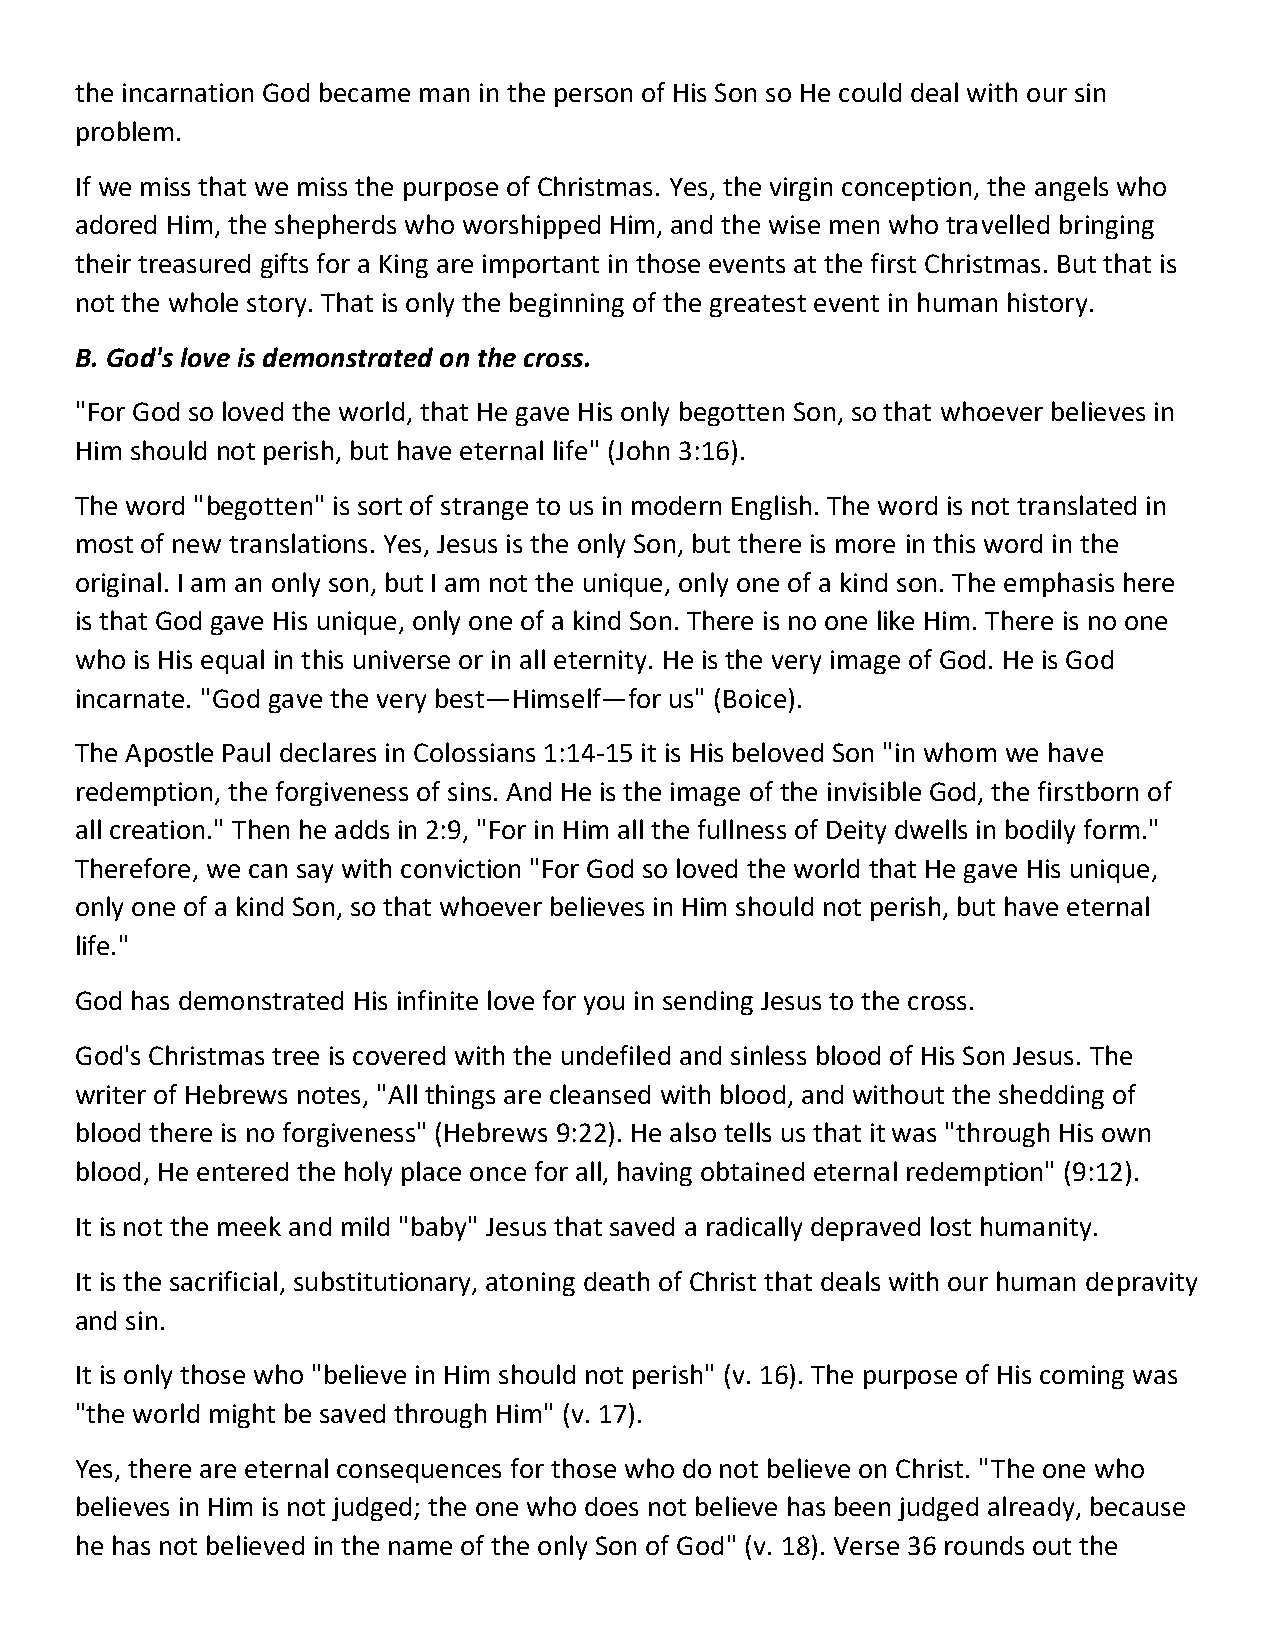
the incarnation God became man in the person of His Son so He could deal with our sin
 problem.
 If we miss that we miss the purpose of Christmas. Yes, the virgin conception, the angels who
 adored Him, the shepherds who worshipped Him, and the wise men who travelled bringing
 their treasured gifts for a King are important in those events at the first Christmas. But that is
 not the whole story. That is only the beginning of the greatest event in human history.
 B. God's love is demonstrated on the cross.
 "For God so loved the world, that He gave His only begotten Son, so that whoever believes in
 Him should not perish, but have eternal life" (John 3:16).
 The word "begotten" is sort of strange to us in modern English. The word is not translated in
 most of new translations. Yes, Jesus is the only Son, but there is more in this word in the
 original. I am an only son, but I am not the unique, only one of a kind son. The emphasis here
 is that God gave His unique, only one of a kind Son. There is no one like Him. There is no one
 who is His equal in this universe or in all eternity. He is the very image of God. He is God
 incarnate. "God gave the very best—Himself—for us" (Boice).
 The Apostle Paul declares in Colossians 1:14-15 it is His beloved Son "in whom we have
 redemption, the forgiveness of sins. And He is the image of the invisible God, the firstborn of
 all creation." Then he adds in 2:9, "For in Him all the fullness of Deity dwells in bodily form."
 Therefore, we can say with conviction "For God so loved the world that He gave His unique,
 only one of a kind Son, so that whoever believes in Him should not perish, but have eternal
 life."
 God has demonstrated His infinite love for you in sending Jesus to the cross.
 God's Christmas tree is covered with the undefiled and sinless blood of His Son Jesus. The
 writer of Hebrews notes, "All things are cleansed with blood, and without the shedding of
 blood there is no forgiveness" (Hebrews 9:22). He also tells us that it was "through His own
 blood, He entered the holy place once for all, having obtained eternal redemption" (9:12).
 It is not the meek and mild "baby" Jesus that saved a radically depraved lost humanity.
 It is the sacrificial, substitutionary, atoning death of Christ that deals with our human depravity
 and sin.
 It is only those who "believe in Him should not perish" (v. 16). The purpose of His coming was
 "the world might be saved through Him" (v. 17).
 Yes, there are eternal consequences for those who do not believe on Christ. "The one who
 believes in Him is not judged; the one who does not believe has been judged already, because
 he has not believed in the name of the only Son of God" (v. 18). Verse 36 rounds out the